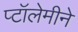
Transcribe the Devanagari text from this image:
प्टॉलेमीने